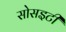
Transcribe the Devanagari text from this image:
सोसइटी